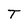
Character: T